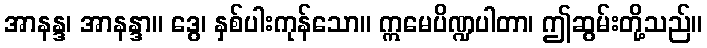
အာနန္ဒ၊ အာနန္ဒာ။ ဒွေ၊ နှစ်ပါးကုန်သော။ ဣမေပိဏ္ဍပါတာ၊ ဤဆွမ်းတို့သည်။